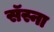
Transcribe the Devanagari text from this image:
सॅस्ना